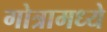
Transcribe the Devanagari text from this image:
गोत्रामध्ये